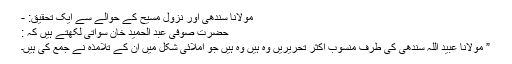
مولانا سندھی اور نزول مسیح کے حوالے سے ایک تحقیق: -
حضرت صوفی عبد الحمید خان سواتیؒ لکھتے ہیں کہ :
” مولانا عبید اللہ سندھی کی طرف منسوب اکثر تحریریں وہ ہیں وہ ہیں جو املائی شکل میں ان کے تلامذہ نے جمع کی ہیں۔